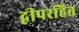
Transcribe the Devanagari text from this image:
द्वीपरहित